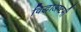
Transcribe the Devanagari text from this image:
विद्धाअष्टमी